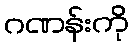
ဂဏန်းကို